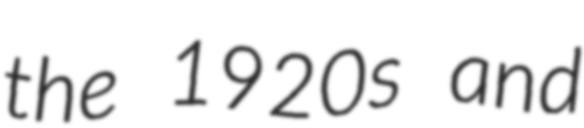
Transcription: the 1920s and